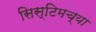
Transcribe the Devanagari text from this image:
सिस्टिमच्या